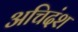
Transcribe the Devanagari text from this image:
अचिदंश